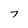
Character: 7